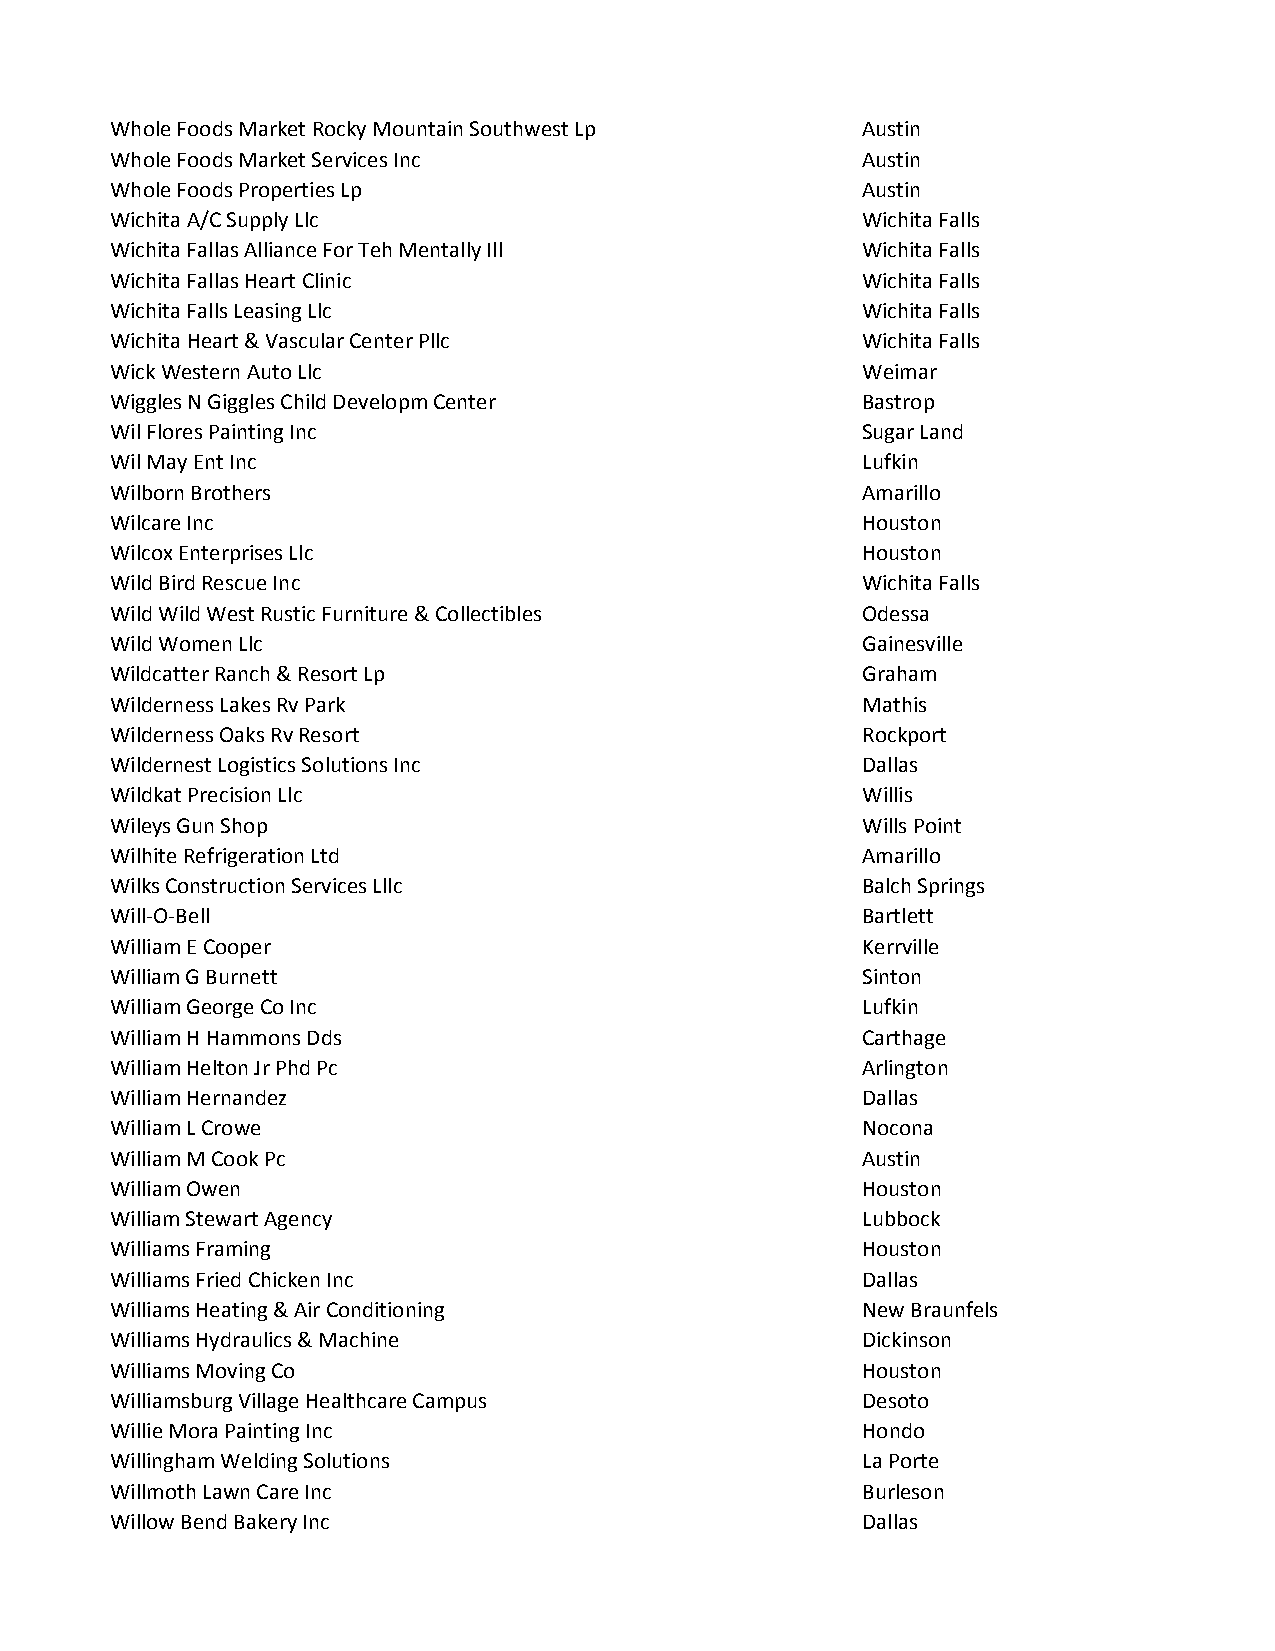
Whole Foods Market Rocky Mountain Southwest Lp    Austin
 Whole Foods Market Services Inc                   Austin
 Whole Foods Properties Lp                         Austin
 Wichita A/C Supply Llc                            Wichita Falls
 Wichita Fallas Alliance For Teh Mentally Ill      Wichita Falls
 Wichita Fallas Heart Clinic                       Wichita Falls
 Wichita Falls Leasing Llc                         Wichita Falls
 Wichita Heart & Vascular Center Pllc              Wichita Falls
 Wick Western Auto Llc                             Weimar
 Wiggles N Giggles Child Developm Center           Bastrop
 Wil Flores Painting Inc                           Sugar Land
 Wil May Ent Inc                                   Lufkin
 Wilborn Brothers                                  Amarillo
 Wilcare Inc                                       Houston
 Wilcox Enterprises Llc                            Houston
 Wild Bird Rescue Inc                              Wichita Falls
 Wild Wild West Rustic Furniture & Collectibles    Odessa
 Wild Women Llc                                    Gainesville
 Wildcatter Ranch & Resort Lp                      Graham
 Wilderness Lakes Rv Park                          Mathis
 Wilderness Oaks Rv Resort                         Rockport
 Wildernest Logistics Solutions Inc                Dallas
 Wildkat Precision Llc                             Willis
 Wileys Gun Shop                                   Wills Point
 Wilhite Refrigeration Ltd                         Amarillo
 Wilks Construction Services Lllc                  Balch Springs
 Will-O-Bell                                       Bartlett
 William E Cooper                                  Kerrville
 William G Burnett                                 Sinton
 William George Co Inc                             Lufkin
 William H Hammons Dds                             Carthage
 William Helton Jr Phd Pc                          Arlington
 William Hernandez                                 Dallas
 William L Crowe                                   Nocona
 William M Cook Pc                                 Austin
 William Owen                                      Houston
 William Stewart Agency                            Lubbock
 Williams Framing                                  Houston
 Williams Fried Chicken Inc                        Dallas
 Williams Heating & Air Conditioning               New Braunfels
 Williams Hydraulics & Machine                     Dickinson
 Williams Moving Co                                Houston
 Williamsburg Village Healthcare Campus            Desoto
 Willie Mora Painting Inc                          Hondo
 Willingham Welding Solutions                      La Porte
 Willmoth Lawn Care Inc                            Burleson
 Willow Bend Bakery Inc                            Dallas